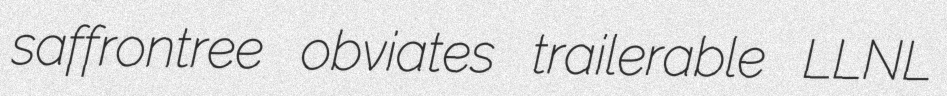
saffrontree obviates trailerable LLNL